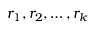
r _ { 1 } , r _ { 2 } , \ldots , r _ { k }